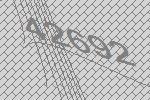
42692